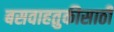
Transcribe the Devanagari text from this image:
बसवाहतुकीसाठी